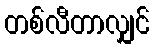
တစ်လီတာလျှင်